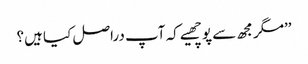
’’مگر مجھ سے پوچھیے کہ آپ دراصل کیا ہیں؟